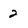
Character: 2